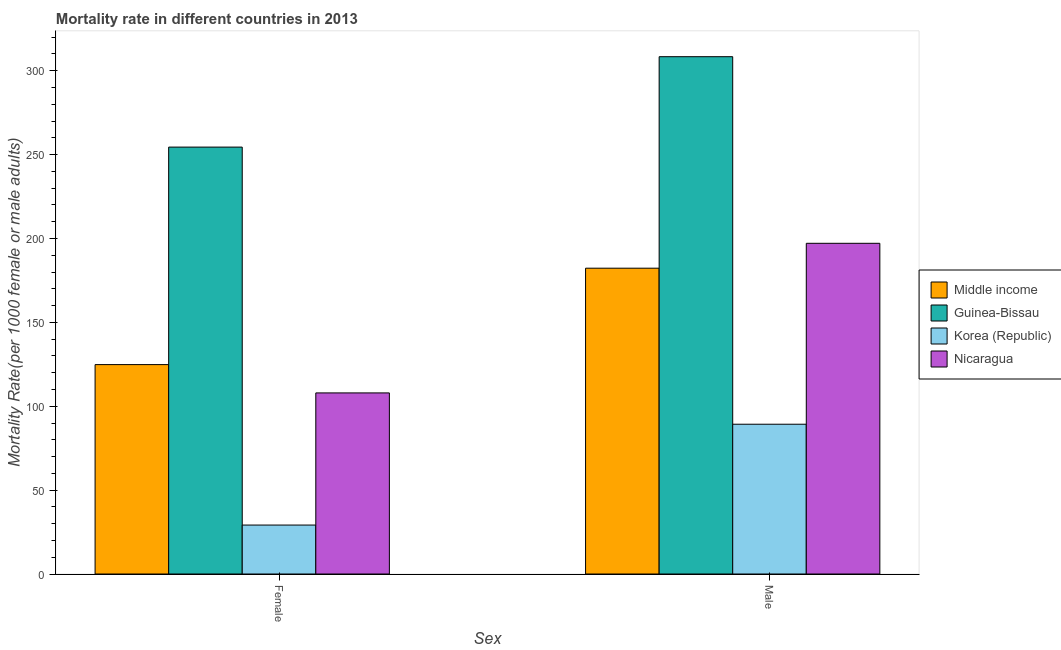
| Sex | Middle income | Guinea-Bissau | Korea (Republic) | Nicaragua |
 | --- | --- | --- | --- | --- |
 | Female | 125 | 254 | 29.2 | 108 |
 | Male | 182 | 308 | 89.3 | 197 |